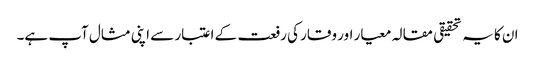
ان کا یہ تحقیقی مقالہ معیار اور وقار کی رفعت کے اعتبار سے اپنی مثال آپ ہے۔